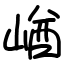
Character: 崷